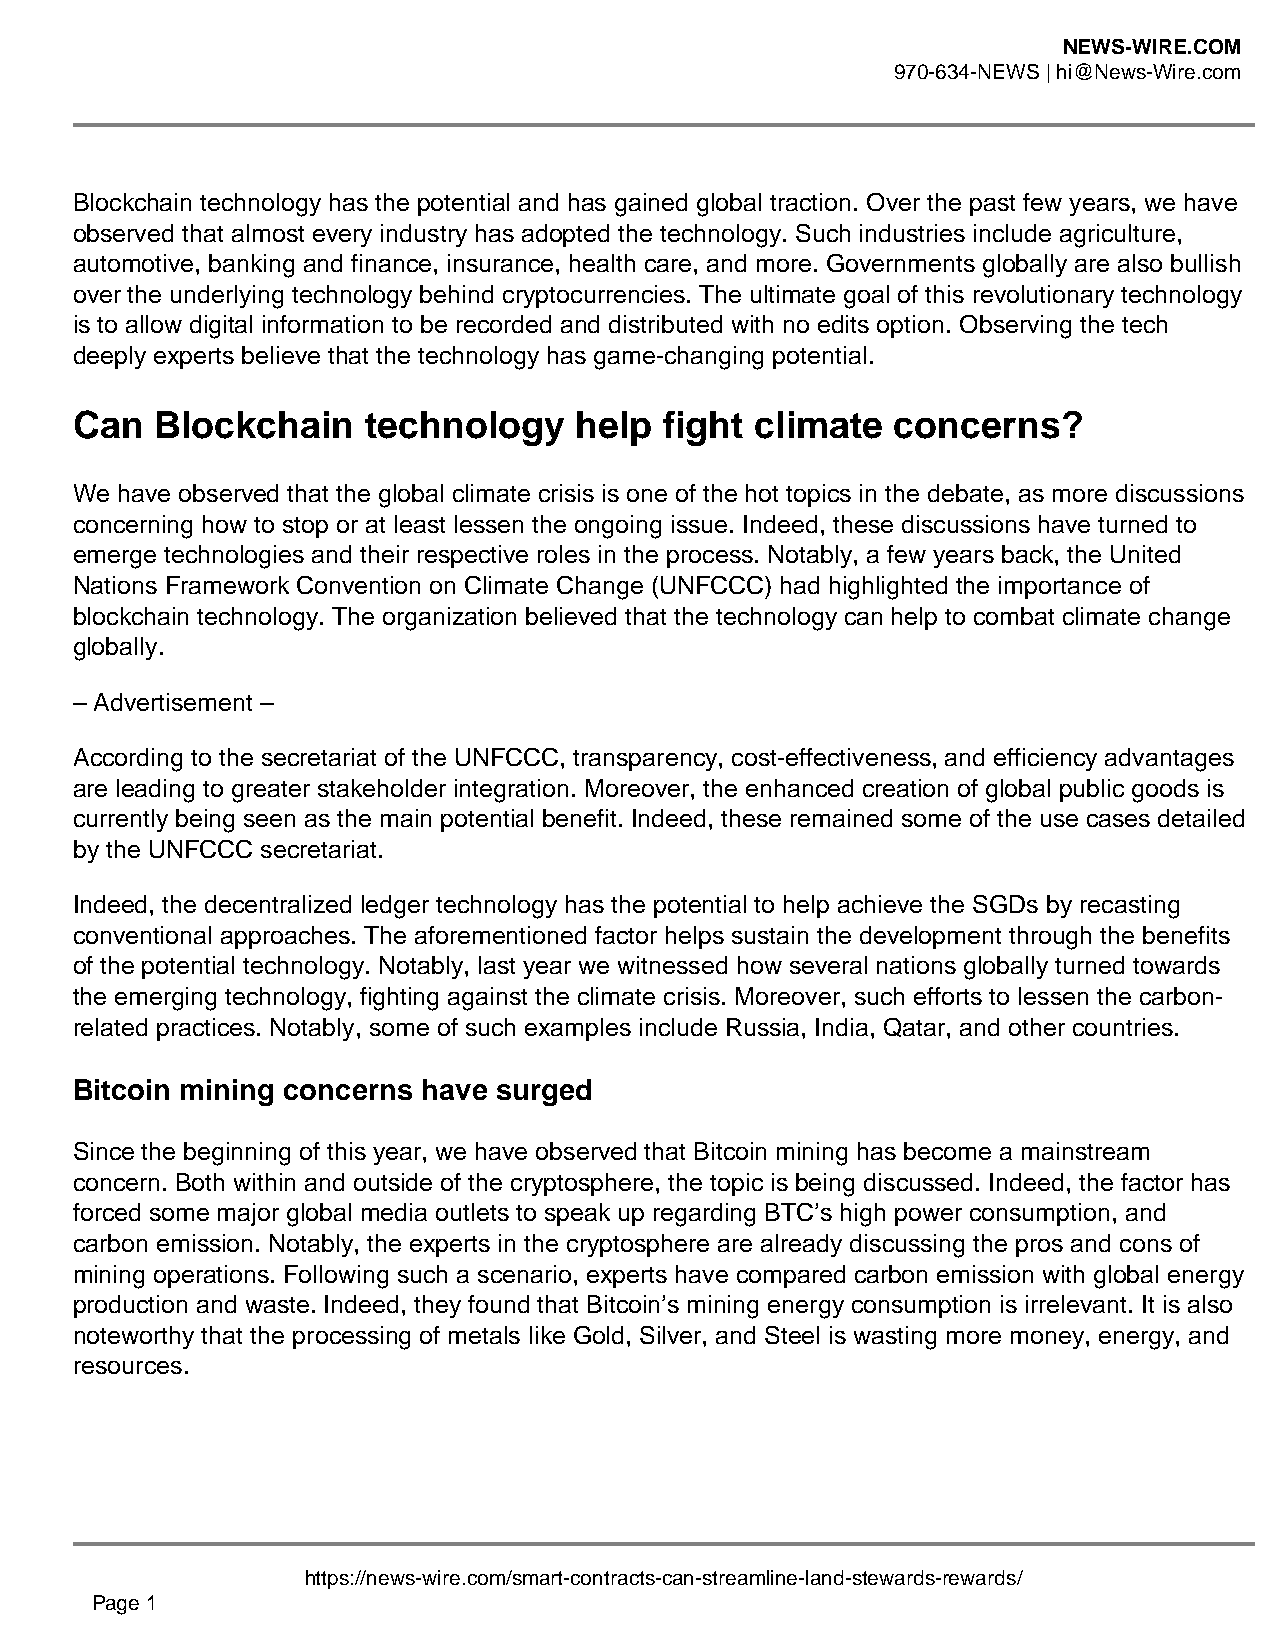
NEWS-WIRE.COM
 970-634-NEWS | hi@News-Wire.com
 Blockchain technology has the potential and has gained global traction. Over the past few years, we have
 observed that almost every industry has adopted the technology. Such industries include agriculture,
 automotive, banking and finance, insurance, health care, and more. Governments globally are also bullish
 over the underlying technology behind cryptocurrencies. The ultimate goal of this revolutionary technology
 is to allow digital information to be recorded and distributed with no edits option. Observing the tech
 deeply experts believe that the technology has game-changing potential.
 Can  Blockchain    technology    help  fight climate  concerns?
 We have observed that the global climate crisis is one of the hot topics in the debate, as more discussions
 concerning how to stop or at least lessen the ongoing issue. Indeed, these discussions have turned to
 emerge technologies and their respective roles in the process. Notably, a few years back, the United
 Nations Framework Convention on Climate Change (UNFCCC) had highlighted the importance of
 blockchain technology. The organization believed that the technology can help to combat climate change
 globally.
 – Advertisement –
 According to the secretariat of the UNFCCC, transparency, cost-effectiveness, and efficiency advantages
 are leading to greater stakeholder integration. Moreover, the enhanced creation of global public goods is
 currently being seen as the main potential benefit. Indeed, these remained some of the use cases detailed
 by the UNFCCC secretariat.
 Indeed, the decentralized ledger technology has the potential to help achieve the SGDs by recasting
 conventional approaches. The aforementioned factor helps sustain the development through the benefits
 of the potential technology. Notably, last year we witnessed how several nations globally turned towards
 the emerging technology, fighting against the climate crisis. Moreover, such efforts to lessen the carbon-
 related practices. Notably, some of such examples include Russia, India, Qatar, and other countries.
 Bitcoin mining concerns have surged
 Since the beginning of this year, we have observed that Bitcoin mining has become a mainstream
 concern. Both within and outside of the cryptosphere, the topic is being discussed. Indeed, the factor has
 forced some major global media outlets to speak up regarding BTC’s high power consumption, and
 carbon emission. Notably, the experts in the cryptosphere are already discussing the pros and cons of
 mining operations. Following such a scenario, experts have compared carbon emission with global energy
 production and waste. Indeed, they found that Bitcoin’s mining energy consumption is irrelevant. It is also
 noteworthy that the processing of metals like Gold, Silver, and Steel is wasting more money, energy, and
 resources.
 https://news-wire.com/smart-contracts-can-streamline-land-stewards-rewards/
 Page 1